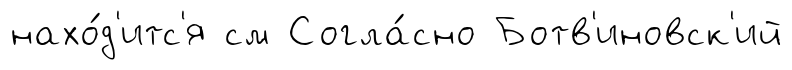
нахо́д'итс'я см Согла́сно Ботв'иновск'ий